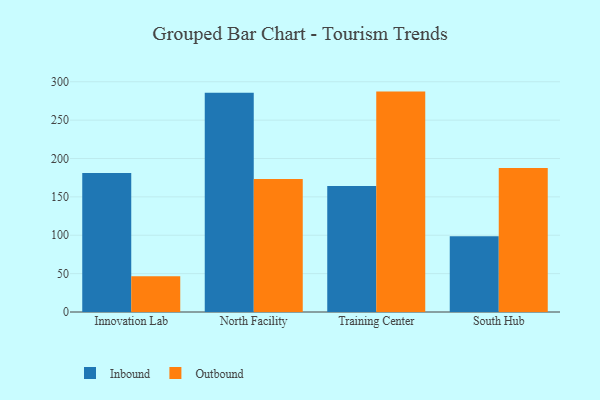
{"axis": {"x": "Campus", "y": "Revenue (USD Million)"}, "legend": ["Inbound", "Outbound"], "data": [{"x": "Innovation Lab", "y": 181.2, "type": "Inbound"}, {"x": "Innovation Lab", "y": 46.7, "type": "Outbound"}, {"x": "North Facility", "y": 285.7, "type": "Inbound"}, {"x": "North Facility", "y": 173.2, "type": "Outbound"}, {"x": "Training Center", "y": 164.1, "type": "Inbound"}, {"x": "Training Center", "y": 287.2, "type": "Outbound"}, {"x": "South Hub", "y": 98.6, "type": "Inbound"}, {"x": "South Hub", "y": 187.5, "type": "Outbound"}]}